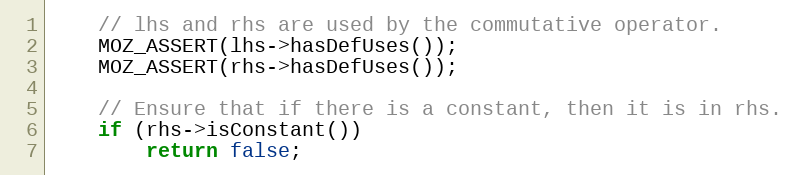
Language: C++
    // lhs and rhs are used by the commutative operator.
    MOZ_ASSERT(lhs->hasDefUses());
    MOZ_ASSERT(rhs->hasDefUses());

    // Ensure that if there is a constant, then it is in rhs.
    if (rhs->isConstant())
        return false;